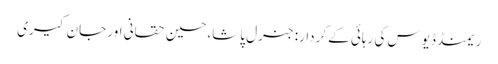
ریمنڈ ڈیوس کی رہائی کے کردار: جنرل پاشا،حسین حقانی اور جان کیری